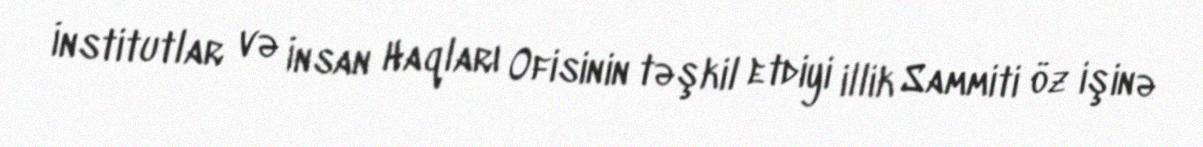
İnstitutlar və İnsan Haqları Ofisinin təşkil etdiyi illik Sammiti öz işinə